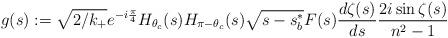
LaTeX: \begin{align*} g(s):= \sqrt {2/k_{+}}e^{-i\frac{\pi}{4}}H_{\theta_c}(s) H_{\pi-\theta_c}(s)\sqrt{s-s_b^{*}}F(s)\frac{d\zeta(s)}{ds} \frac{2i\sin\zeta(s)}{n^2-1}\end{align*}